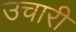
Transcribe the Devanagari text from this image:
उचारी